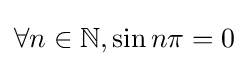
\forall n\in \mathbb {N} ,\sin n\pi =0